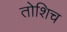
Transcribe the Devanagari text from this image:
तोशिच